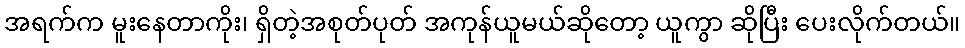
အရက်က မူးနေတာကိုး၊ ရှိတဲ့အစုတ်ပုတ် အကုန်ယူမယ်ဆိုတော့ ယူကွာ ဆိုပြီး ပေးလိုက်တယ်။